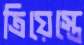
ত্রিয়েস্তে